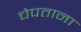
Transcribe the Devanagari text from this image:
चेपताना